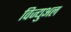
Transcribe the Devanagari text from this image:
विज्युअल